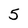
Character: 5